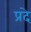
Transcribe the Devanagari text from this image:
प्रदे